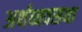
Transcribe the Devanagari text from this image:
अर्थव्यवसथा